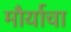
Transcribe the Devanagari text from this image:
मौर्याचा